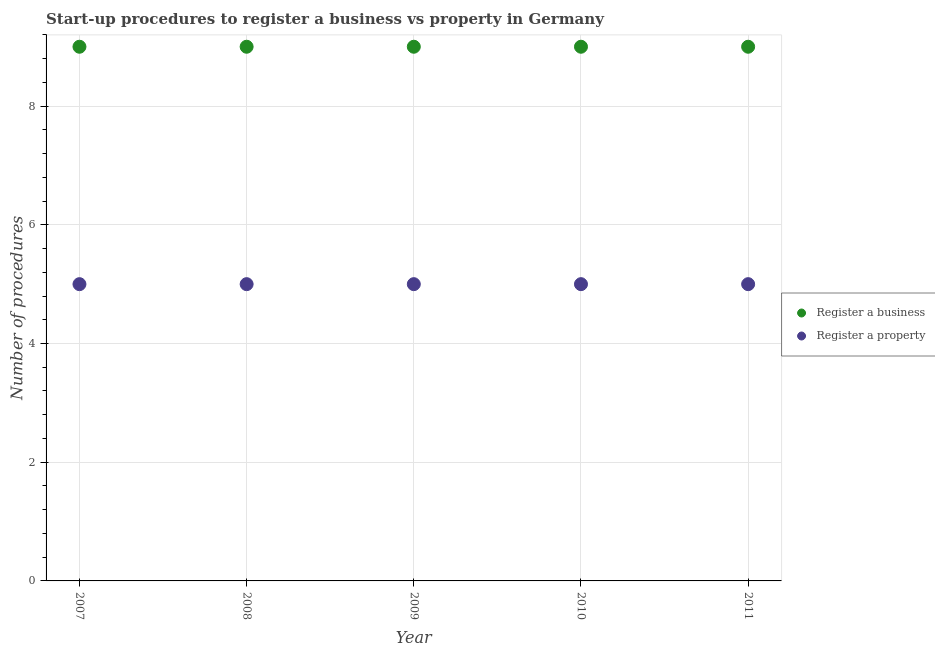
| Year | Register a business | Register a property |
 | --- | --- | --- |
 | 2007 | 9 | 5 |
 | 2008 | 9 | 5 |
 | 2009 | 9 | 5 |
 | 2010 | 9 | 5 |
 | 2011 | 9 | 5 |